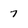
Character: 7